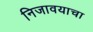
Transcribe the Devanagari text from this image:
निजावयाचा